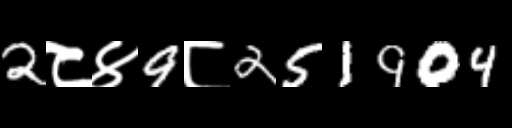
Text: 2८४9८251904